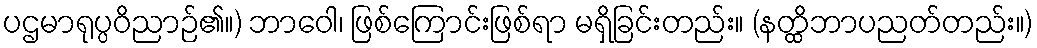
ပဌမာရုပ္ပဝိညာဉ်၏။) ဘာဝေါ၊ ဖြစ်ကြောင်းဖြစ်ရာ မရှိခြင်းတည်း။ (နတ္ထိဘာပညတ်တည်း။)